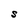
Character: S